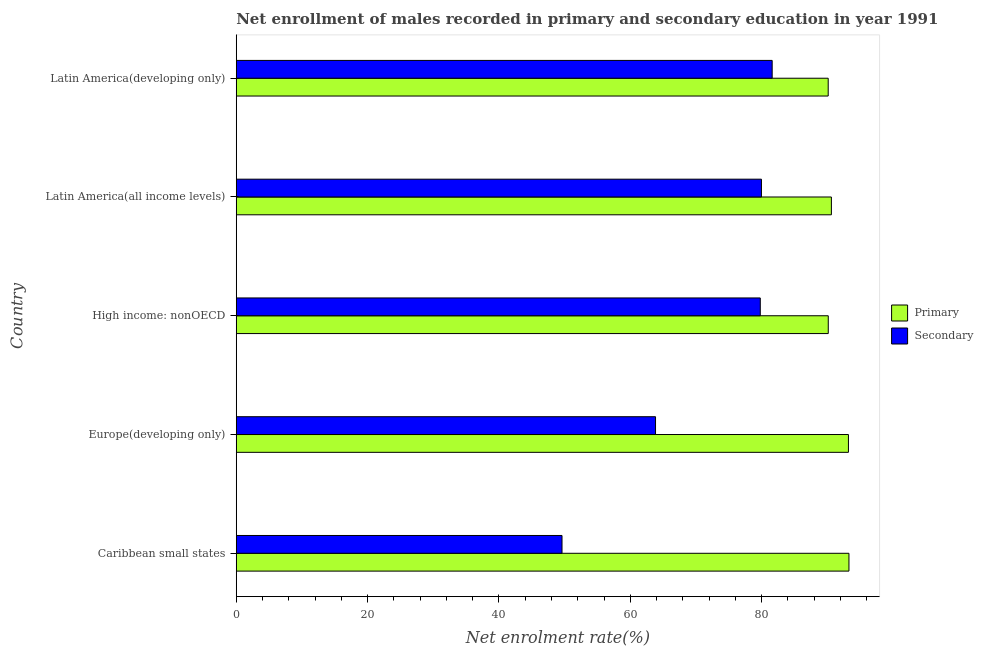
| Country | Primary | Secondary |
 | --- | --- | --- |
 | Caribbean small states | 93.3 | 49.6 |
 | Europe(developing only) | 93.2 | 63.8 |
 | High income: nonOECD | 90.2 | 79.8 |
 | Latin America(all income levels) | 90.6 | 80 |
 | Latin America(developing only) | 90.1 | 81.6 |